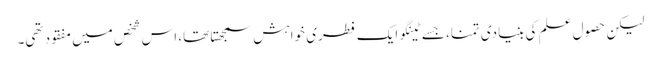
لیکن حصولِ علم کی بنیادی تمنا، جسے ٹینگو ایک فطری خواہش سمجھتا تھا، اس شخص میں مفقود تھی۔